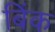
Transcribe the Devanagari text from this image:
बिंक